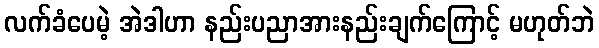
လက်ခံပေမဲ့ အဲဒါဟာ နည်းပညာအားနည်းချက်ကြောင့် မဟုတ်ဘဲ